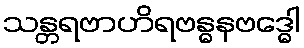
သန္တရဗာဟိရဗန္ဓနဗဒ္ဓေါ